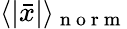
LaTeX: \langle|\bar{x}|\rangle_{\mathrm{~n~o~r~m~}}